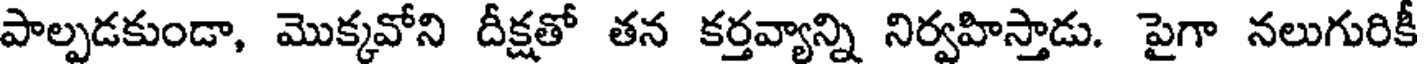
పాల్పడకుండా, మొక్కవోని దీక్షతో తన కర్తవ్యాన్ని నిర్వహిస్తాడు. పైగా నలుగురికీ